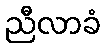
ညီလာခံ